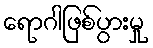
ရောဂါဖြစ်ပွားမှု